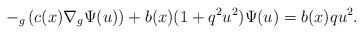
LaTeX: \begin{align*}-_{g}\left( c(x)\nabla_{g}\Psi(u)\right) +b(x)(1+q^{2}u^{2})\Psi(u)=b(x)qu^{2}. \end{align*}